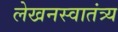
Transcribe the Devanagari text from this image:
लेखनस्वातंत्र्य